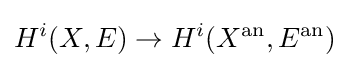
H^{i}(X,E)\to H^{i}(X^{\text{an}},E^{\text{an}})